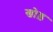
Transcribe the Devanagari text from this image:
खोड़